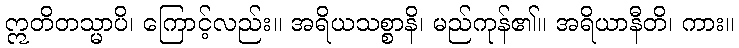
ဣတိတသ္မာပိ၊ ကြောင့်လည်း။ အရိယသစ္စာနိ၊ မည်ကုန်၏။ အရိယာနီတိ၊ ကား။